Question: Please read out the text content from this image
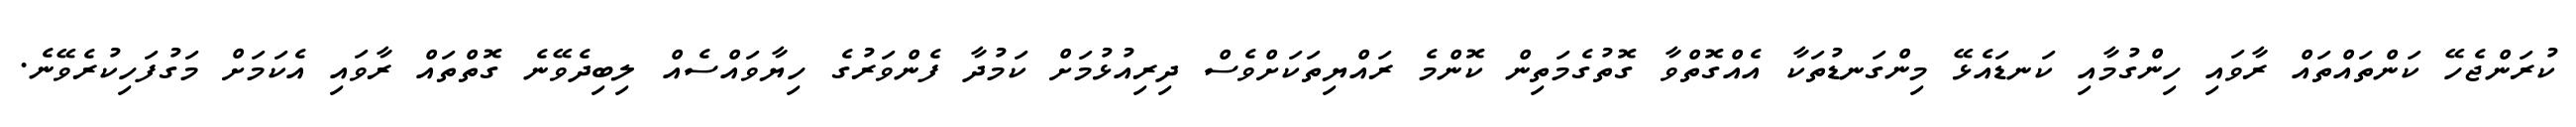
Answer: ކުރަންޖެހޭ ކަންތައްތައް ރާވައި ހިންގުމާއި ކަނޑައެޅޭ މިންގަނޑުތަކާ އެއްގޮތްވާ ގޮތުގެމަތިން ކޮންމެ ރައްޔިތަކަށްވެސް ދިރިއުޅުމަށް ކަމުދާ ފެންވަރުގެ ހިޔާވައްސެއް ލިބިދެވޭނެ ގޮތްތައް ރާވައި އެކަމަށް މަގުފަހިކުރެވޭނެ.